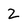
Character: 2